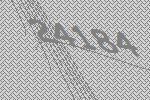
24184